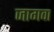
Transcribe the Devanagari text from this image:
जागवा